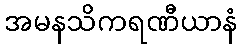
အမနသိကရဏီယာနံ